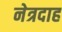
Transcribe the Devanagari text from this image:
नेत्रदाह